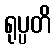
ရုပ္ပတိ